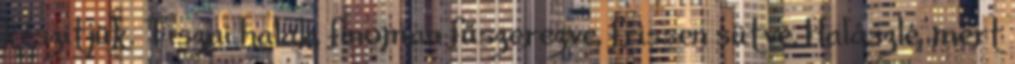
készítjük. Tiszai halak, finoman fűszerezve, frissen sütve. Halászlé, mert